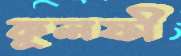
কুলফী